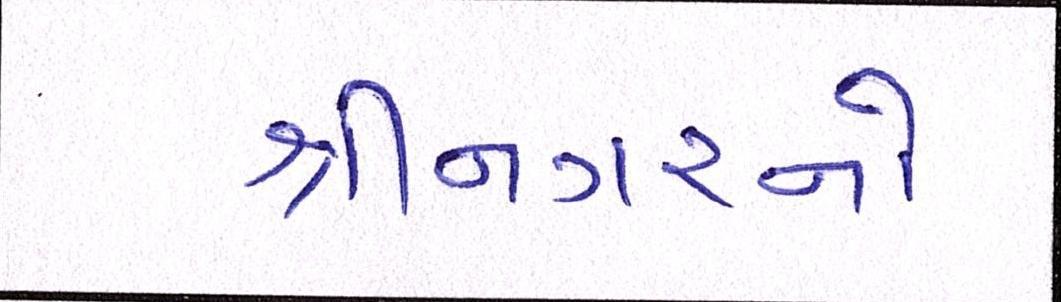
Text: શ્રીનગરનો